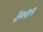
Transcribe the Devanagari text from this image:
३०७१